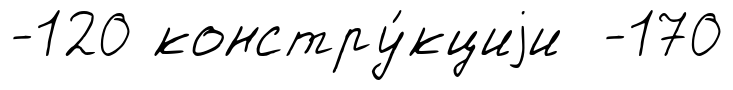
-120 констру́кциjи -170